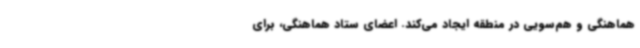
هماهنگی و هم‌سویی در منطقه ایجاد می‌کند. اعضای ستاد هماهنگی، برای